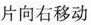
片向右移动